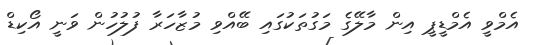
އެމްވީ އެމްޑީޕީ އިން މާލޭގެ މަގުތަކުގައި ބޭއްވި މުޒާހަރާ ފުލުހުން ވަނީ އޯކިޑް